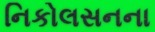
નિકોલસનના